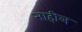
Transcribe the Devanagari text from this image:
नाहील